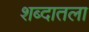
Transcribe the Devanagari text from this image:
शब्दातला